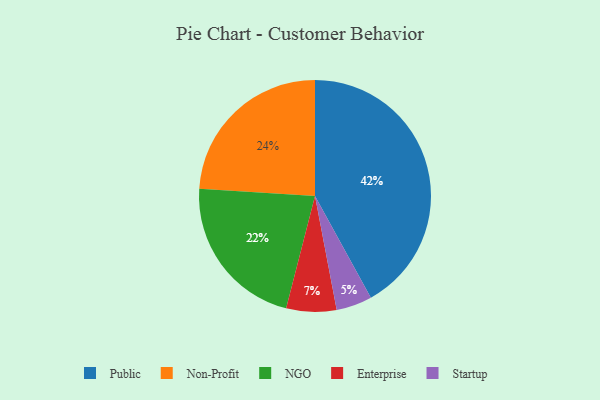
{"axis": {"x": "Category", "y": "Percentage"}, "legend": ["Enterprise", "NGO", "Non-Profit", "Public", "Startup"], "data": [{"x": "Startup", "y": 5, "type": "Startup"}, {"x": "Non-Profit", "y": 24, "type": "Non-Profit"}, {"x": "NGO", "y": 22, "type": "NGO"}, {"x": "Enterprise", "y": 7, "type": "Enterprise"}, {"x": "Public", "y": 42, "type": "Public"}]}